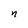
Character: n